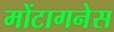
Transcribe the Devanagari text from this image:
मोंटागनेस